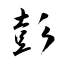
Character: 彭